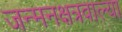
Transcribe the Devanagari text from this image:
जन्मनक्षत्रवाल्या